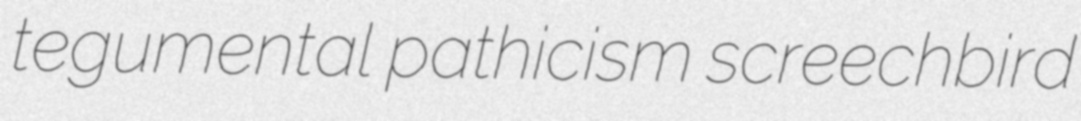
tegumental pathicism screechbird